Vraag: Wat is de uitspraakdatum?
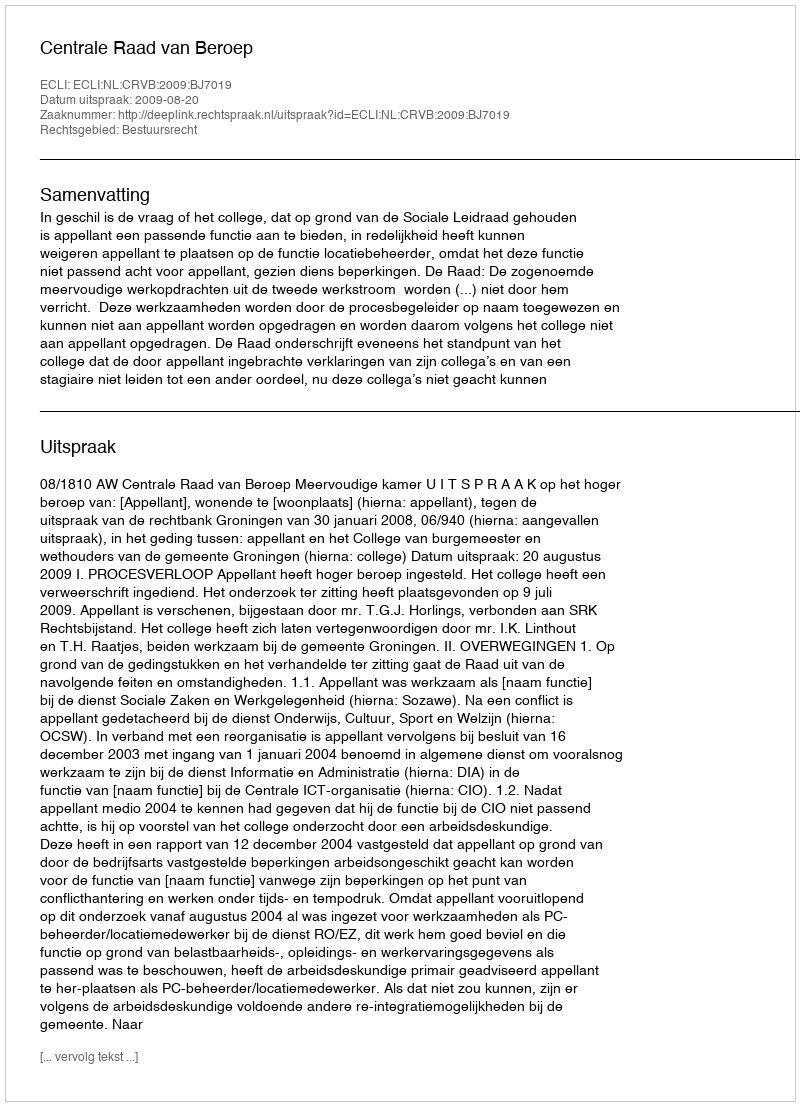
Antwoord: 2009-08-20